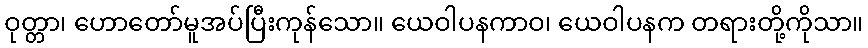
ဝုတ္တာ၊ ဟောတော်မူအပ်ပြီးကုန်သော။ ယေဝါပနကာဝ၊ ယေဝါပနက တရားတို့ကိုသာ။